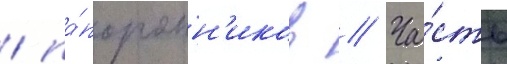
/ па́поротн'иков // Ча́сть